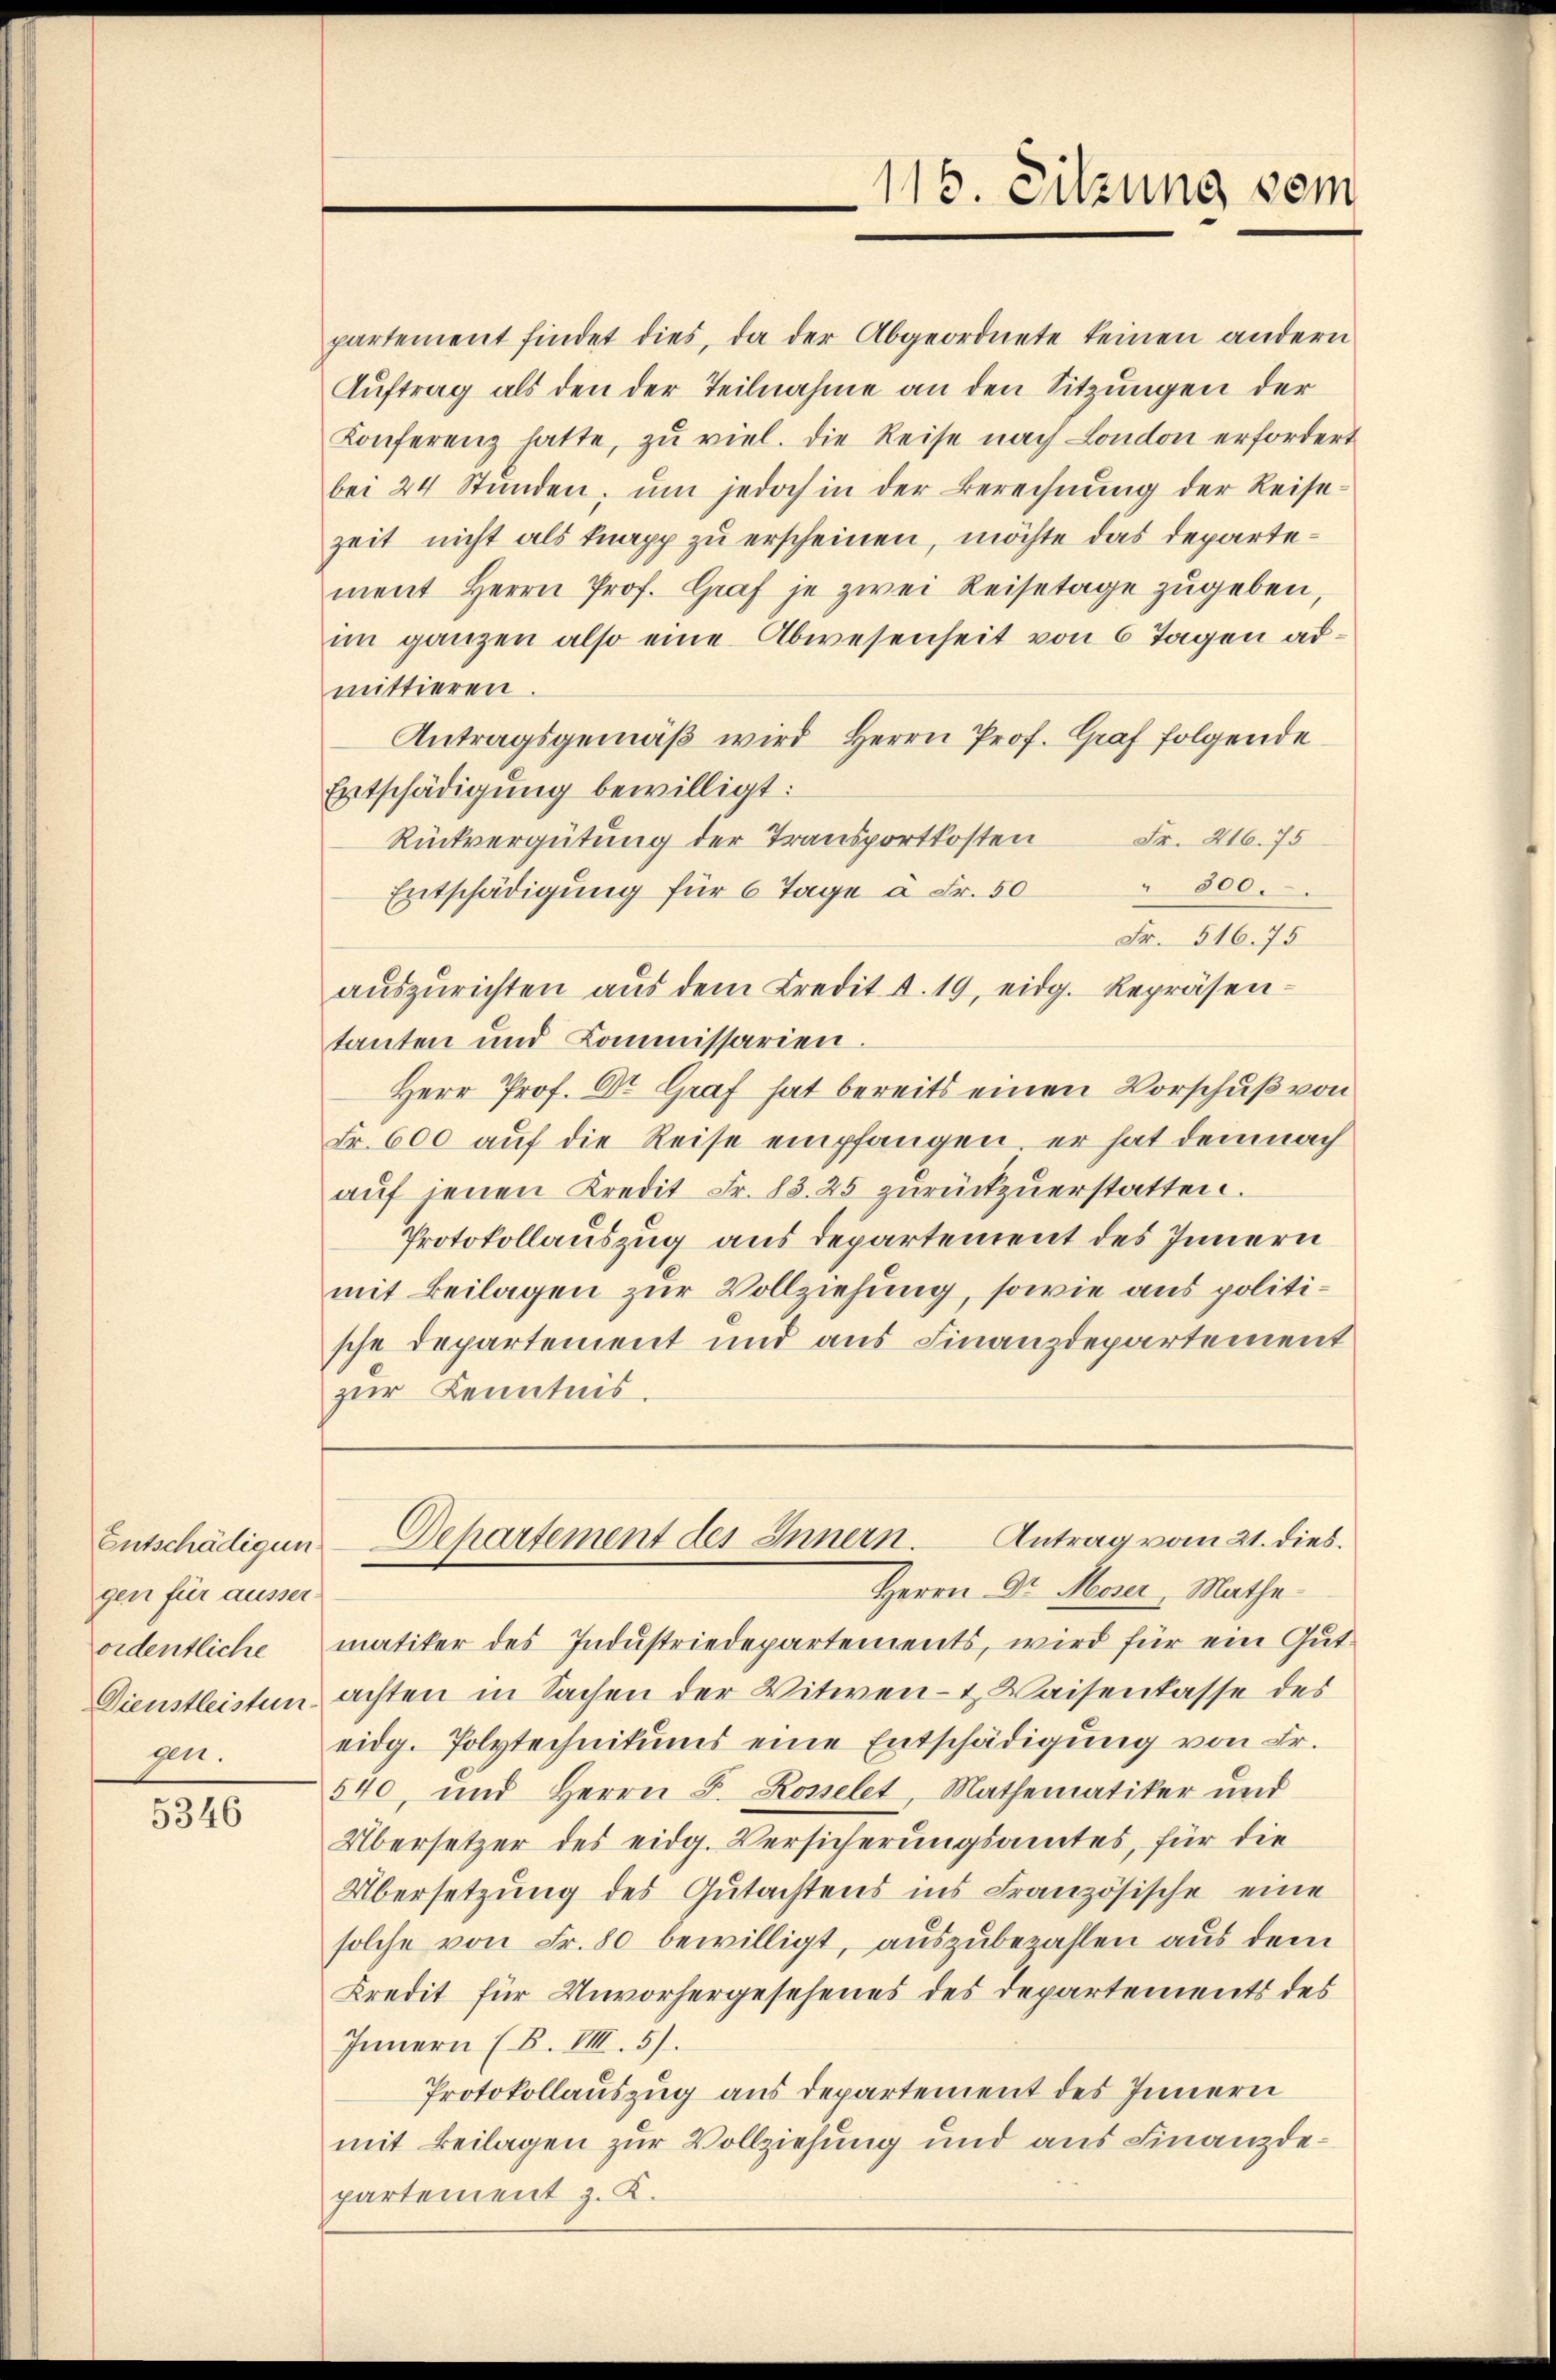
Entschädigun
gen für ausserordentliche
gen.

5346

partement findet dies, da der Abgeordnete keinen andern
Auftrag als den der Teilnahme an den Sitzungen der
Konferenz hatte, zu viel. Die Reise nach London erfordert
bei 24 Stŭnden, ŭm jedoch in der Berechnŭng der Reise-
zeit nicht als knapp zu erscheinen, möchte das departement Herrn Prof. Graf je zwei Reisetage zŭgeben,
im ganzen also eine Abwesenheit von 6 Tagen admittieren.
Antragsgemäβ wird Herrn Prof. Graf folgende
Entschädigung bewilligt:
Fr. 416. 75
Rückvergütung der Transportkosten
" 300.
Entschädigung für 6 Tage à Fr. 50
Den 116. 75
aŭszŭrichten aŭs dem Credit d. 19, eidg. Repräsen-
tanten und Commissarien.
Herr Prof. Dr. Graf hat bereits einen Vorschuß von
Fr. 600 auf die Reise empfangen, er hat demnach
aŭf jenen Kredit Fr. 83. 25 zŭrückzŭerstatten.
Protokollauszug aus departement des Innern
mit Beilagen zur Vollziehung, sowie aus politische Departement und aus Finanzdepartement
zur Kenntnis.
Antrag vom 21. dies.
Dehartement des Innern.
Herrn Dr. Moser, Mathe
matiker des Industriedepartements, wird für ein Gut¬
Dienstleisten achten in Sachen der Witwen- & Waisenkasse des
eidg. Polytechnikums eine Entschädigung von Fr.
540, und Herrn F. Rosselet, Mathematiker und
Übersetzer des eidg. Versicherungsamtes, für die
Übersetzung des Gutachtens ins Französische eine
solche von Fr. 80 bewilligt, auszubezahlen aus dem
Kredit für Unvorhergesehenes des Departements des
Innern (B. VIII.5).
Protokollauszug aus Departement des Innern
mit Beilagen zur Vollziehung und aus Finanzdepartement z. K.

116. Sitzung vom